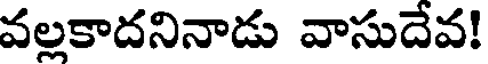
వల్లకాదనినాడు వాసుదేవ!